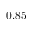
0 . 8 5